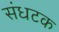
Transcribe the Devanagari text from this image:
संधटक